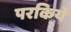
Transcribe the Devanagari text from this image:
परकिये